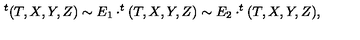
^ { t } ( T , X , Y , Z ) \sim E _ { 1 } \cdot ^ { t } ( T , X , Y , Z ) \sim E _ { 2 } \cdot ^ { t } ( T , X , Y , Z ) ,